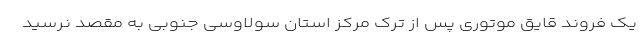
یک فروند قایق موتوری پس از ترک مرکز استان سولاوسی جنوبی به مقصد نرسید